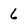
Character: 6